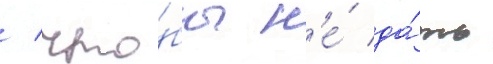
/ что́бы н'е́ да́ть